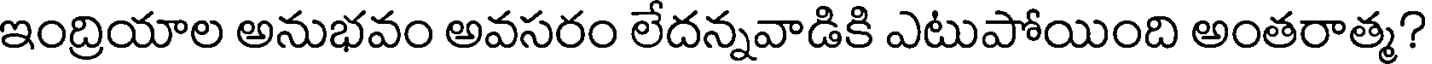
ఇంద్రియాల అనుభవం అవసరం లేదన్నవాడికి ఎటుపోయింది అంతరాత్మ?